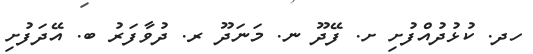
ހދ. ކުޅުދުއްފުށި ށ. ފޭދޫ ނ. މަނަދޫ ރ. ދުވާފަރު ބ. އޭދަފުށި